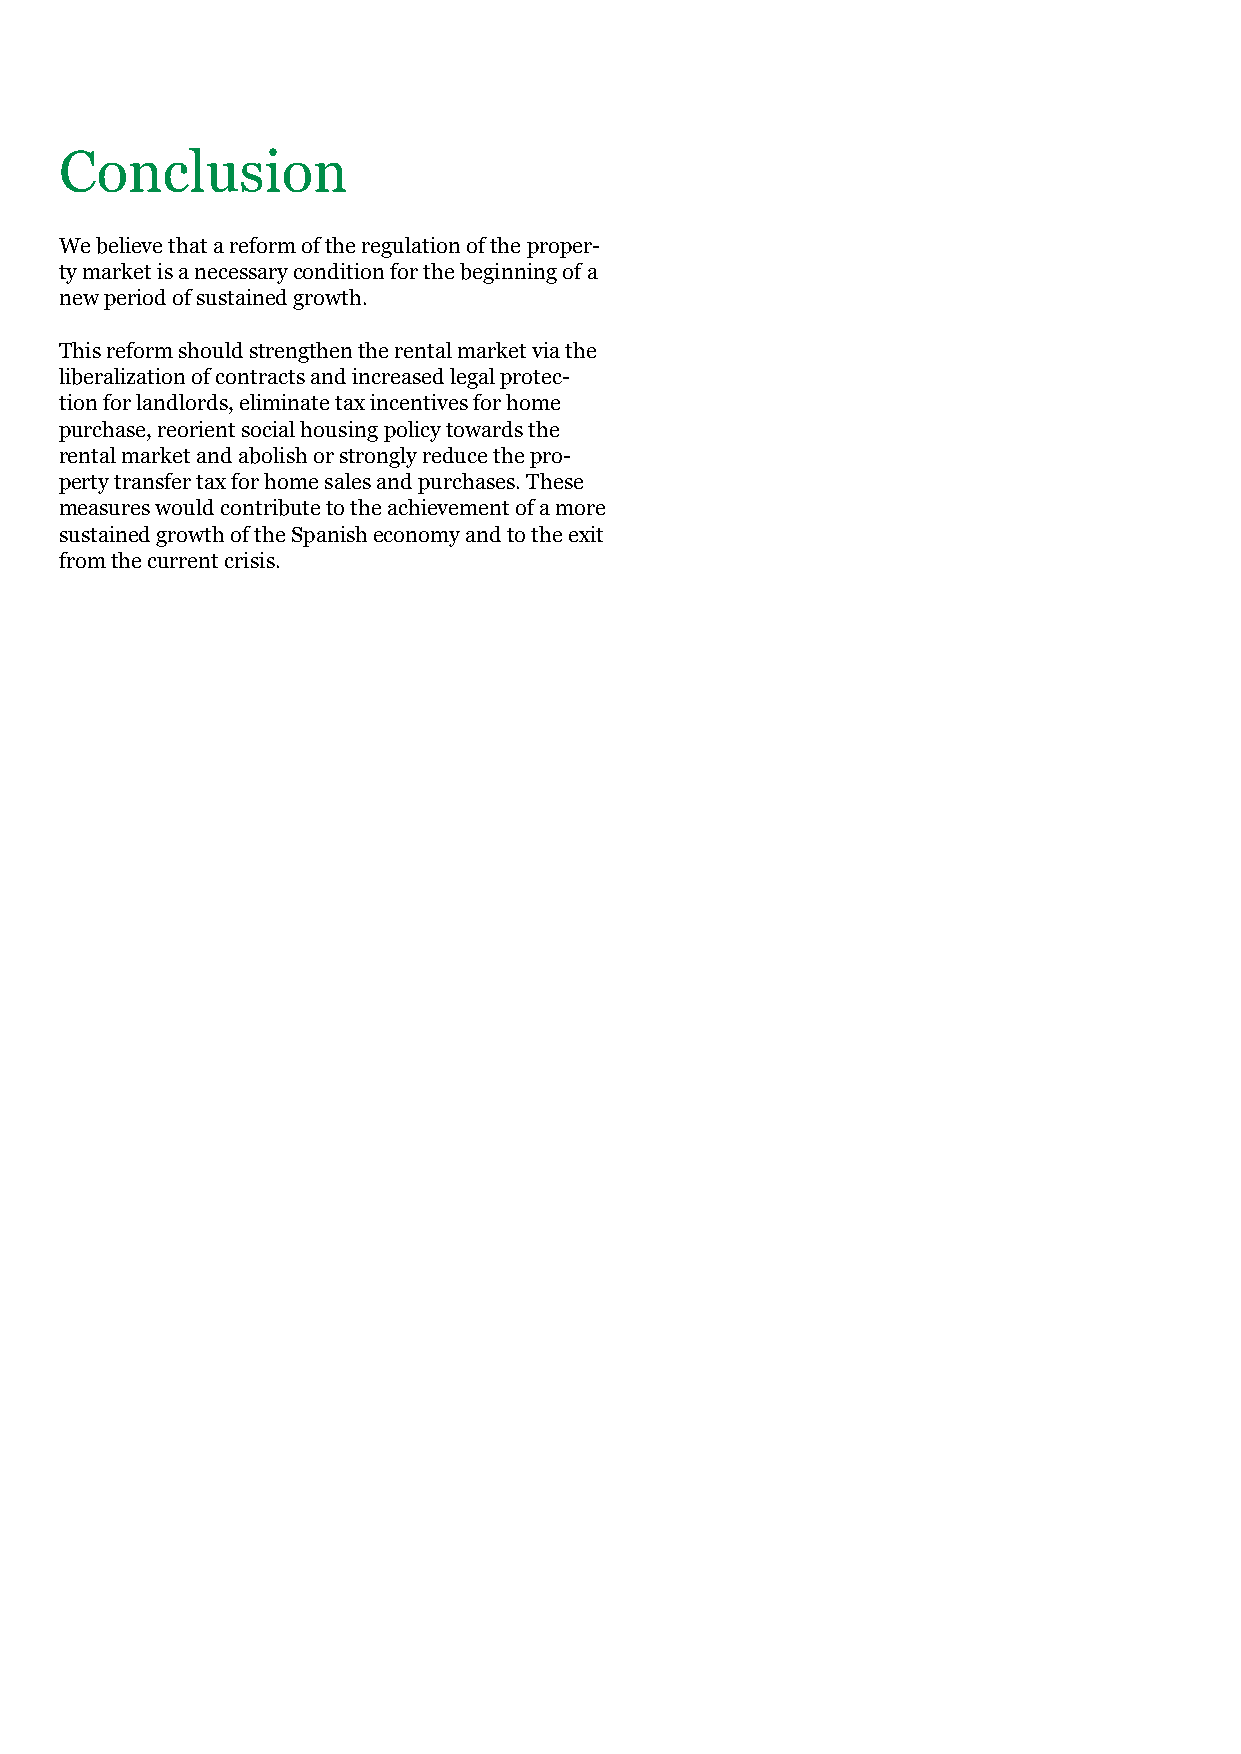
Conclusion
 We believe that a reform of the regulation of the proper-
 ty market is a necessary condition for the beginning of a
 new period of sustained growth.
 This reform should strengthen the rental market via the
 liberalization of contracts and increased legal protec-
 tion for landlords, eliminate tax incentives for home
 purchase, reorient social housing policy towards the
 rental market and abolish or strongly reduce the pro-
 perty transfer tax for home sales and purchases. These
 measures would contribute to the achievement of a more
 sustained growth of the Spanish economy and to the exit
 from the current crisis.